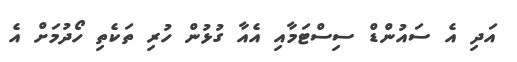
އަދި އެ ސައުންޑް ސިސްޓަމާއި އެއާ ގުޅުން ހުރި ތަކެތި ހޯދުމަށް އެ